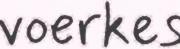
voerkes